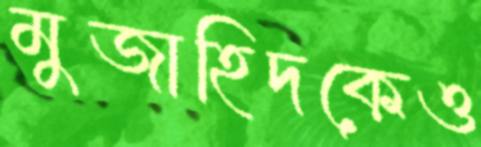
মুজাহিদকেও